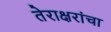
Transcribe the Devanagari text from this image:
तेराक्षरांचा